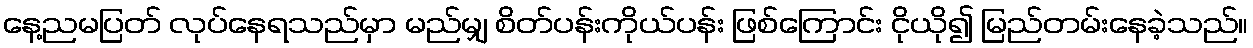
နေ့ညမပြတ် လုပ်နေရသည်မှာ မည်မျှ စိတ်ပန်းကိုယ်ပန်း ဖြစ်ကြောင်း ငိုယို၍ မြည်တမ်းနေခဲ့သည်။